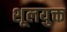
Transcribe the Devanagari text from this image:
शूलयुक्त